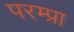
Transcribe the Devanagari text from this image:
परम्प्रा